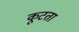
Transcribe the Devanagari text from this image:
कूटता